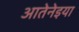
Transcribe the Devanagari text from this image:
आतेनेइया